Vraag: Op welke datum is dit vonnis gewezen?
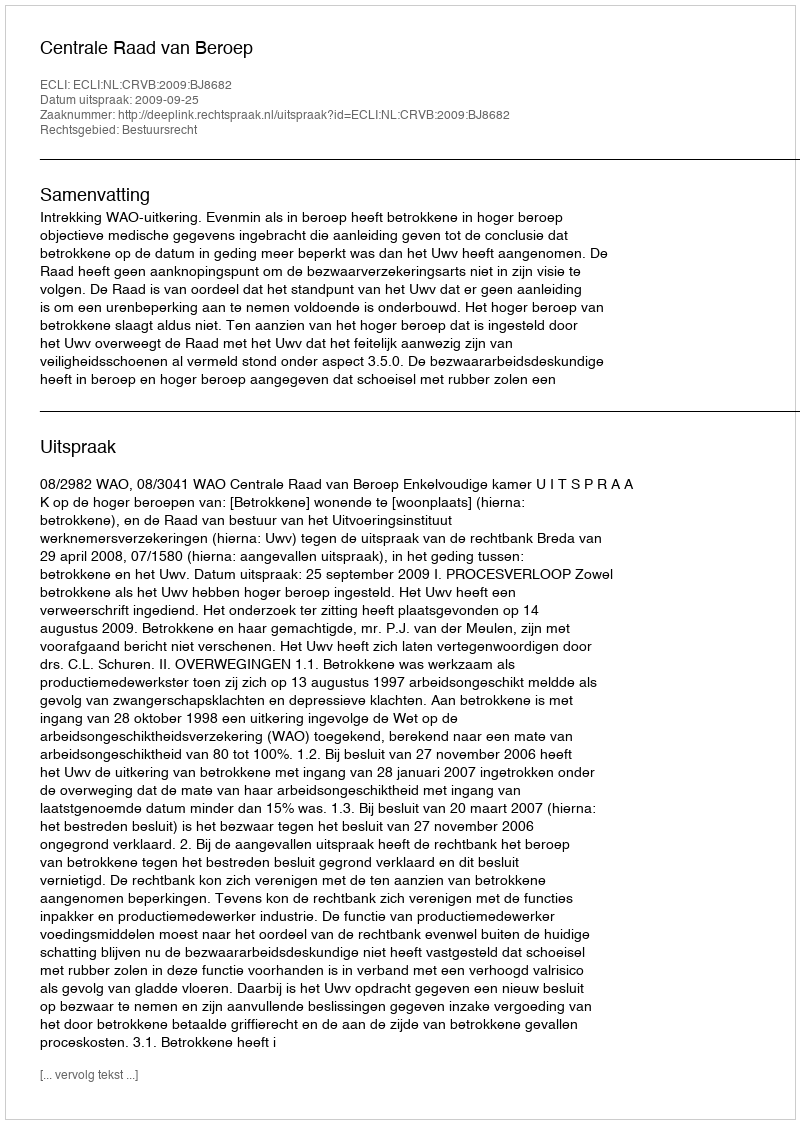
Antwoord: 2009-09-25